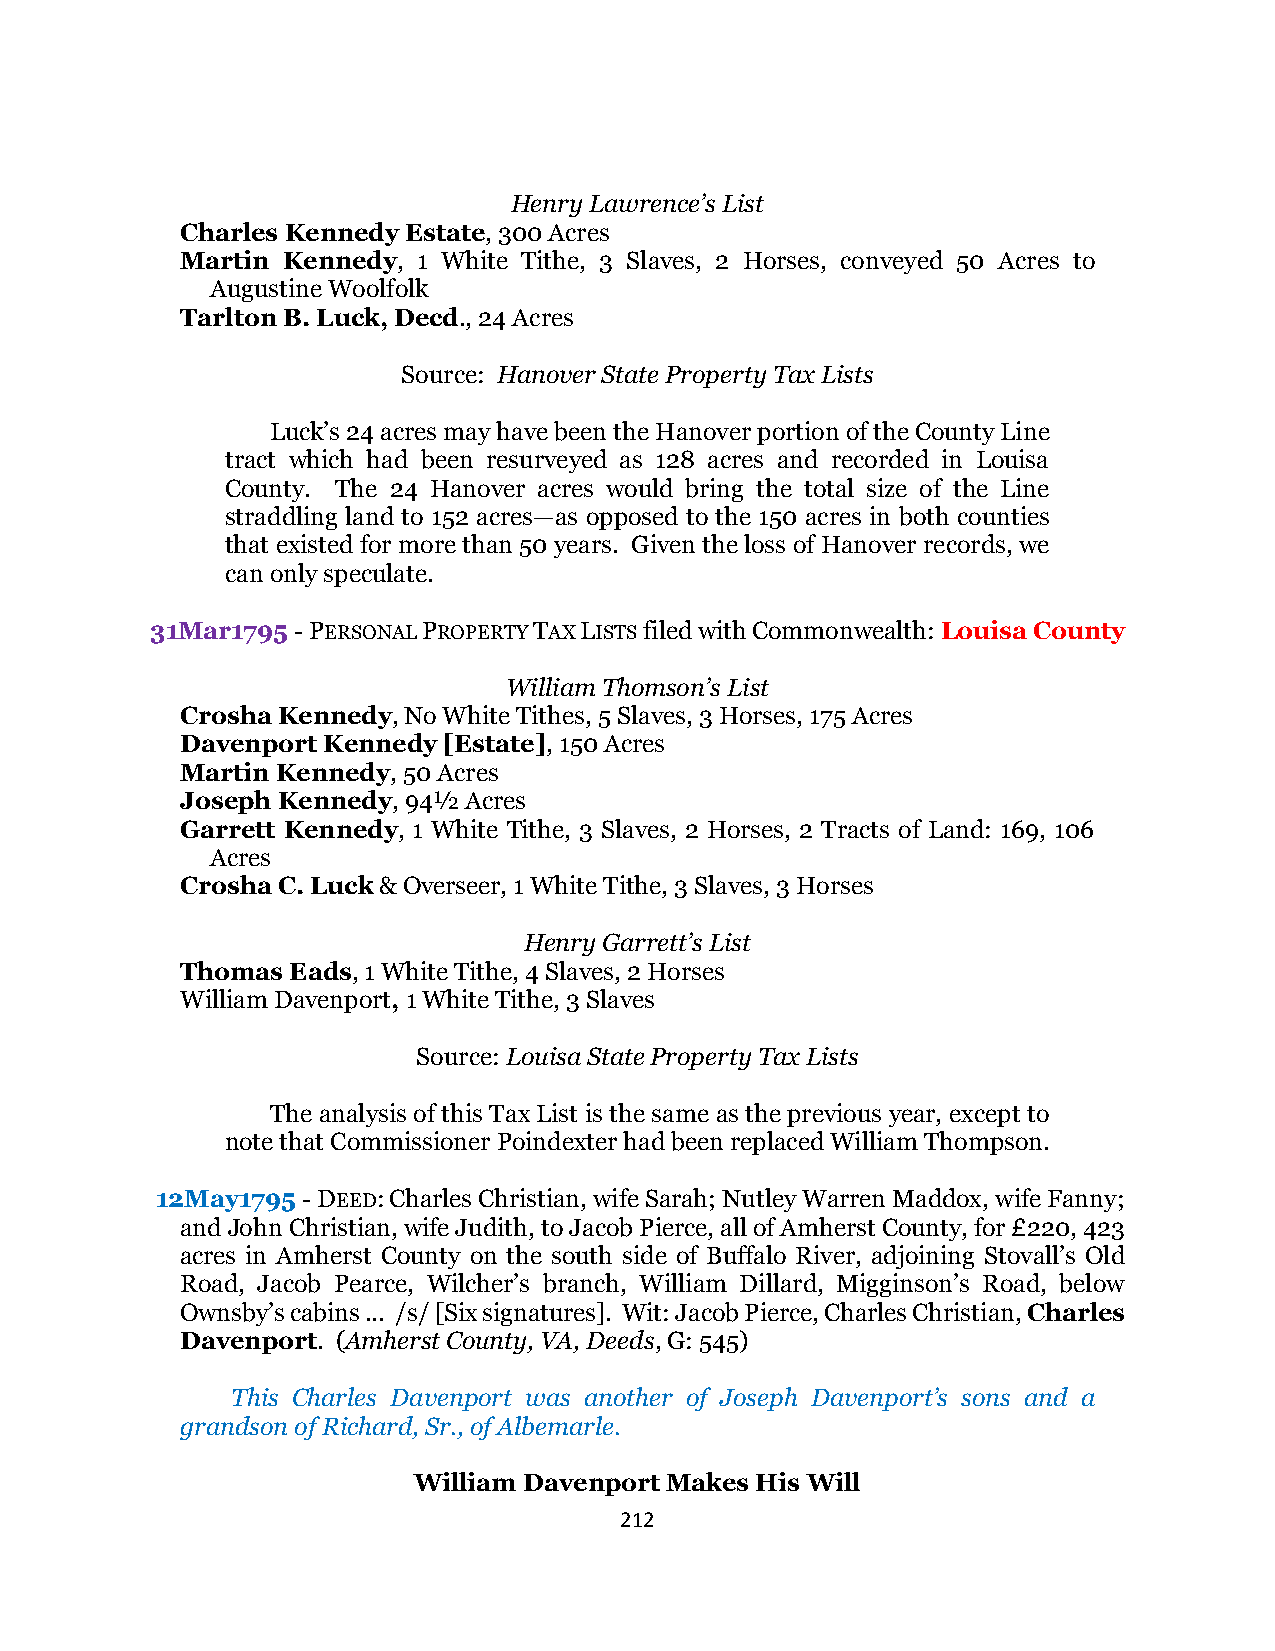
Henry Lawrence’s List
 Charles Kennedy Estate, 300 Acres
 Martin Kennedy, 1 White Tithe, 3 Slaves, 2 Horses, conveyed 50 Acres to
 Augustine Woolfolk
 Tarlton B. Luck, Decd., 24 Acres
 Source: Hanover State Property Tax Lists
 Luck’s 24 acres may have been the Hanover portion of the County Line
 tract which had been resurveyed as 128 acres and recorded in Louisa
 County. The 24 Hanover acres would bring the total size of the Line
 straddling land to 152 acres—as opposed to the 150 acres in both counties
 that existed for more than 50 years. Given the loss of Hanover records, we
 can only speculate.
 31Mar1795 - PERSONAL PROPERTY TAX LISTS filed with Commonwealth: Louisa County
 William Thomson’s List
 Crosha Kennedy, No White Tithes, 5 Slaves, 3 Horses, 175 Acres
 Davenport Kennedy [Estate], 150 Acres
 Martin Kennedy, 50 Acres
 Joseph Kennedy, 94½ Acres
 Garrett Kennedy, 1 White Tithe, 3 Slaves, 2 Horses, 2 Tracts of Land: 169, 106
 Acres
 Crosha C. Luck & Overseer, 1 White Tithe, 3 Slaves, 3 Horses
 Henry Garrett’s List
 Thomas Eads, 1 White Tithe, 4 Slaves, 2 Horses
 William Davenport, 1 White Tithe, 3 Slaves
 Source: Louisa State Property Tax Lists
 The analysis of this Tax List is the same as the previous year, except to
 note that Commissioner Poindexter had been replaced William Thompson.
 12May1795 - DEED: Charles Christian, wife Sarah; Nutley Warren Maddox, wife Fanny;
 and John Christian, wife Judith, to Jacob Pierce, all of Amherst County, for £220, 423
 acres in Amherst County on the south side of Buffalo River, adjoining Stovall’s Old
 Road, Jacob Pearce, Wilcher’s branch, William Dillard, Migginson’s Road, below
 Ownsby’s cabins ... /s/ [Six signatures]. Wit: Jacob Pierce, Charles Christian, Charles
 Davenport. (Amherst County, VA, Deeds, G: 545)
 This Charles Davenport was another of Joseph Davenport’s sons and a
 grandson of Richard, Sr., of Albemarle.
 William Davenport Makes His Will
 212